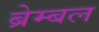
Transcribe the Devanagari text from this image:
ब्रेम्बल